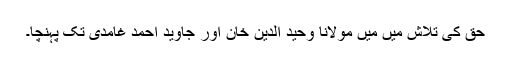
حق کی تلاش میں میں مولانا وحید الدین خان اور جاوید احمد غامدی تک پہنچا۔